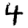
Digit: 4